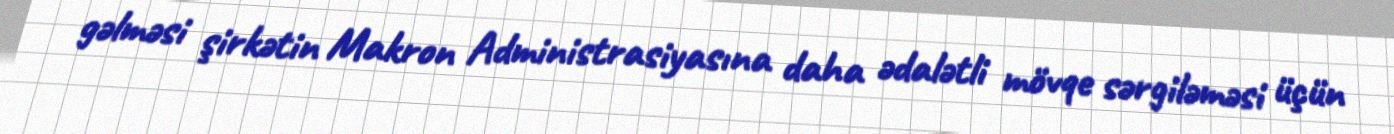
gəlməsi şirkətin Makron Administrasiyasına daha ədalətli mövqe sərgiləməsi üçün